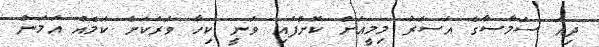
ދިއަ ސަމާސާގެ އަސަރު މިމީއަށް ކޮށްފައި ވަނީ ކިހާ ވަރަކަށް ކަމެއް އަމަން